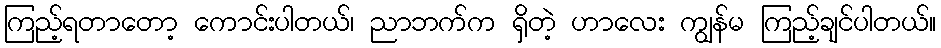
ကြည့်ရတာတော့ ကောင်းပါတယ်၊ ညာဘက်က ရှိတဲ့ ဟာလေး ကျွန်မ ကြည့်ချင်ပါတယ်။